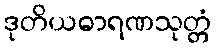
ဒုတိယဓာရဏသုတ္တံ